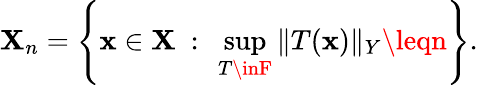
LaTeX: \mathbf{X}_{n}=\left\{ \mathbf{x}\in\mathbf{X}\ :\ \sup_{T\inF}\| T(\mathbf{x})\| _{Y}\leqn\right\} .